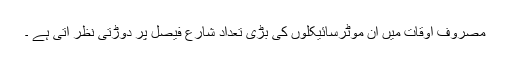
مصروف اوقات میں ان موٹرسائیکلوں کی بڑی تعداد شارع فیصل پر دوڑتی نظر آتی ہے ۔